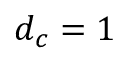
d _ { c } = 1